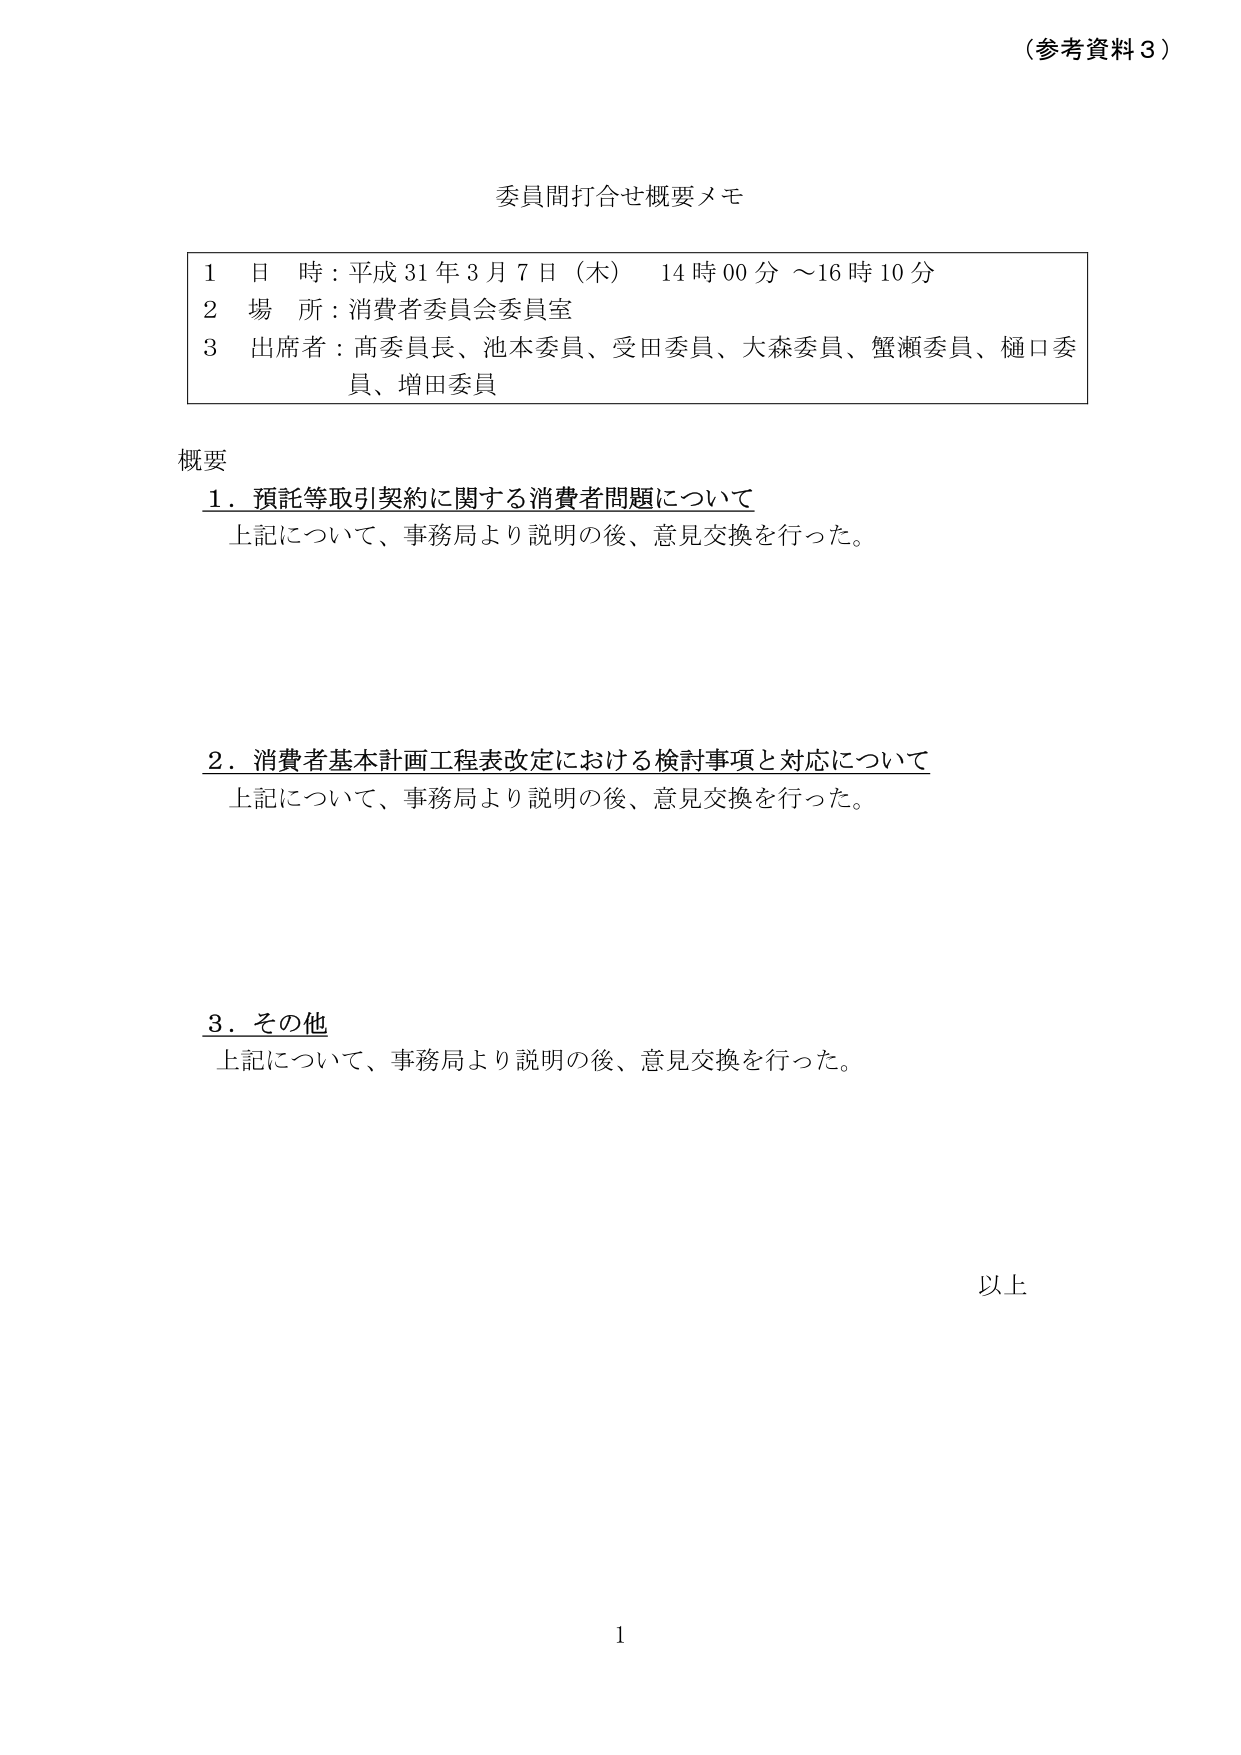
（参考資料３）

委員間打合せ概要メモ

1 日 時：平成31年3月7日（木） 14時00分～16時10分
2 場 所：消費者委員会委員室
3 出席者：髙委員長、池本委員、受田委員、大森委員、蟹瀬委員、樋口委員、増田委員

概要
1．預託等取引契約に関する消費者問題について
　上記について、事務局より説明の後、意見交換を行った。

2．消費者基本計画工程表改定における検討事項と対応について
　上記について、事務局より説明の後、意見交換を行った。

3．その他
　上記について、事務局より説明の後、意見交換を行った。

以上

1